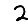
Digit: 2